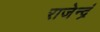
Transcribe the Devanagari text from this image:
राजेन्द्रं